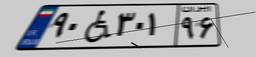
۹۰W۳۰۱۹۶